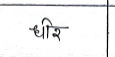
मजकूर: धीर